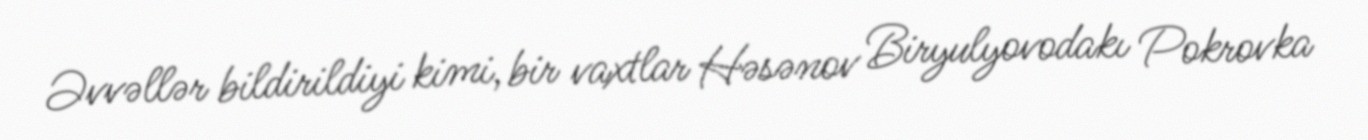
Əvvəllər bildirildiyi kimi, bir vaxtlar Həsənov Biryulyovodakı Pokrovka